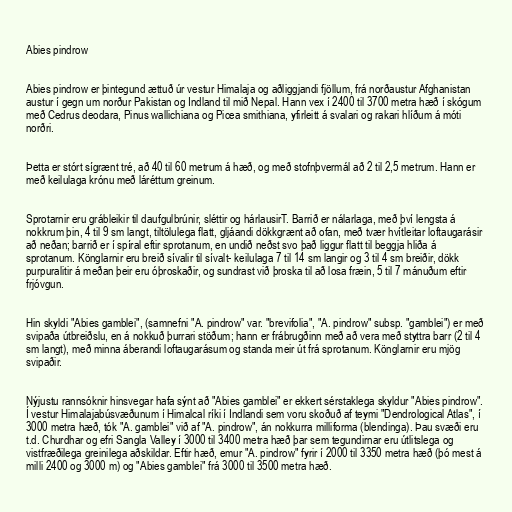
Abies pindrow

Abies pindrow er þintegund ættuð úr vestur Himalaja og aðliggjandi fjöllum, frá norðaustur Afghanistan
austur í gegn um norður Pakistan og Indland til mið Nepal. Hann vex í 2400 til 3700 metra hæð í skógum
með Cedrus deodara, Pinus wallichiana og Picea smithiana, yfirleitt á svalari og rakari hlíðum á móti
norðri.

Þetta er stórt sígrænt tré, að 40 til 60 metrum á hæð, og með stofnþvermál að 2 til 2,5 metrum. Hann er
með keilulaga krónu með láréttum greinum.

Sprotarnir eru grábleikir til daufgulbrúnir, sléttir og hárlausirT. Barrið er nálarlaga, með því lengsta á
nokkrum þin, 4 til 9 sm langt, tiltölulega flatt, gljáandi dökkgrænt að ofan, með tvær hvítleitar loftaugarásir
að neðan; barrið er í spíral eftir sprotanum, en undið neðst svo það liggur flatt til beggja hliða á
sprotanum. Könglarnir eru breið sívalir til sívalt- keilulaga 7 til 14 sm langir og 3 til 4 sm breiðir, dökk
purpuralitir á meðan þeir eru óþroskaðir, og sundrast við þroska til að losa fræin, 5 til 7 mánuðum eftir
frjóvgun.

Hin skyldi "Abies gamblei", (samnefni "A. pindrow" var. "brevifolia", "A. pindrow" subsp. "gamblei") er með
svipaða útbreiðslu, en á nokkuð þurrari stöðum; hann er frábrugðinn með að vera með styttra barr (2 til 4
sm langt), með minna áberandi loftaugarásum og standa meir út frá sprotanum. Könglarnir eru mjög
svipaðir.

Nýjustu rannsóknir hinsvegar hafa sýnt að "Abies gamblei" er ekkert sérstaklega skyldur "Abies pindrow".
Í vestur Himalajabúsvæðunum í Himalcal ríki í Indlandi sem voru skoðuð af teymi "Dendrological Atlas", í
3000 metra hæð, tók "A. gamblei" við af "A. pindrow", án nokkurra milliforma (blendinga). Þau svæði eru
t.d. Churdhar og efri Sangla Valley í 3000 til 3400 metra hæð þar sem tegundirnar eru útlitslega og
vistfræðilega greinilega aðskildar. Eftir hæð, emur "A. pindrow" fyrir í 2000 til 3350 metra hæð (þó mest á
milli 2400 og 3000 m) og "Abies gamblei" frá 3000 til 3500 metra hæð.